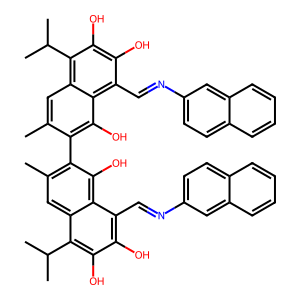
SMILES: Cc1cc2c(C(C)C)c(O)c(O)c(C=Nc3ccc4ccccc4c3)c2c(O)c1-c1c(C)cc2c(C(C)C)c(O)c(O)c(C=Nc3ccc4ccccc4c3)c2c1O
Inhibits HIV replication: No